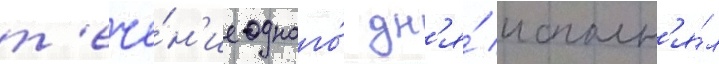
т'ече́н'ие одного́ дн'я́ исполн'я́л